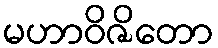
မဟာဝိဇိတော